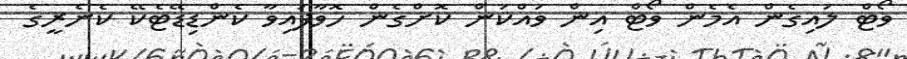
ވޯޓް ލައިގެން އެމެން ވޯޓް އިން ވައްކަން ކޮށްގެން ހޮވާފައިވާ ކެންޑިޑޭޓެކޭ ކެނެރީގެ